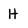
Character: H